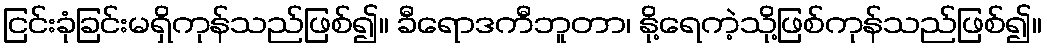
ငြင်းခုံခြင်းမရှိကုန်သည်ဖြစ်၍။ ခီရောဒကီဘူတာ၊ နို့ရေကဲ့သို့ဖြစ်ကုန်သည်ဖြစ်၍။